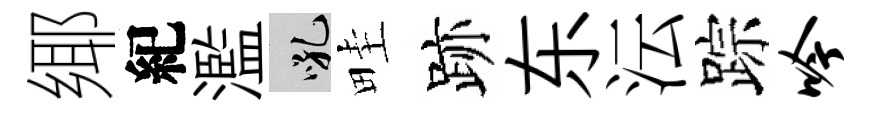
鄊紀濫吼畦跡东沄踪吟